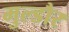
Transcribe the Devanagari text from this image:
मुल्डौर